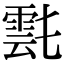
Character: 𩃌